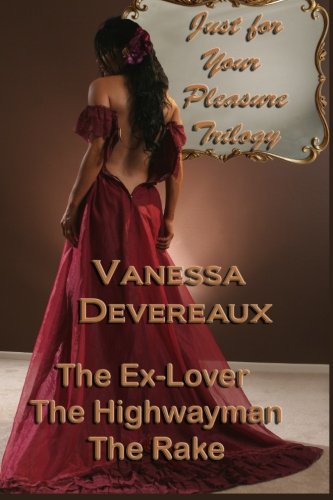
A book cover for Just For Your Pleasure Trilogy: The Ex Lover, The Highwayman, The Rake; Vanessa Devereaux; Romance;